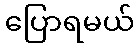
ပြောရမယ်